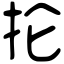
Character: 抡